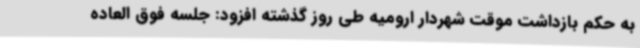
به حکم بازداشت موقت شهردار ارومیه طی روز گذشته افزود: جلسه فوق العاده